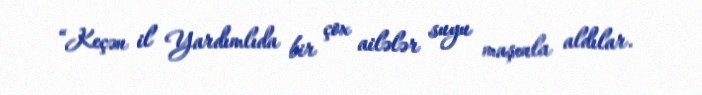
“Keçən il Yardımlıda bir çox ailələr suyu maşınla aldılar.